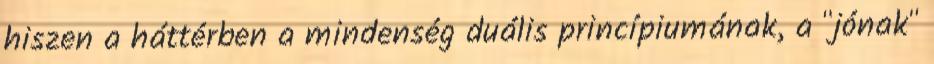
hiszen a háttérben a mindenség duális princípiumának, a "jónak"